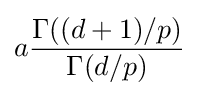
a{\frac {\Gamma ((d+1)/p)}{\Gamma (d/p)}}